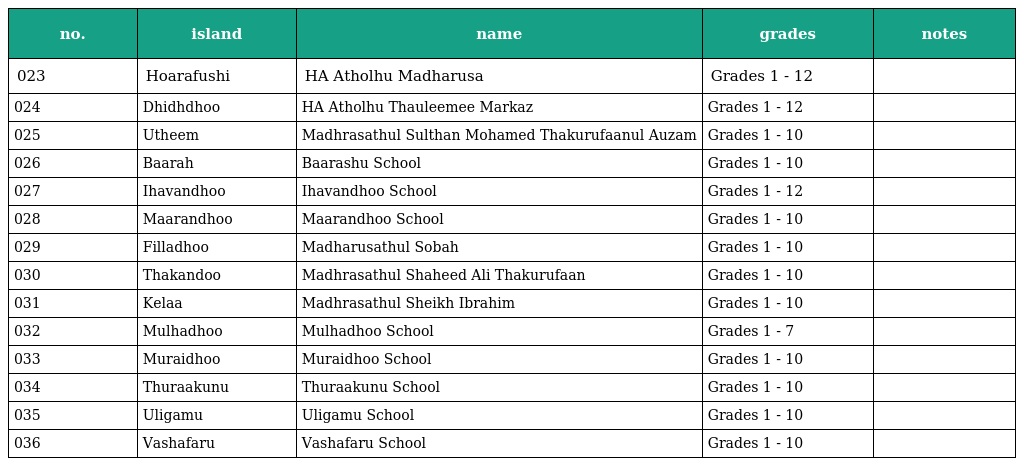
| no. | island | name | grades | notes |
 | --- | --- | --- | --- | --- |
 | 023 | Hoarafushi | HA Atholhu Madharusa | Grades 1 - 12 |  |
 | 024 | Dhidhdhoo | HA Atholhu Thauleemee Markaz | Grades 1 - 12 |  |
 | 025 | Utheem | Madhrasathul Sulthan Mohamed Thakurufaanul Auzam | Grades 1 - 10 |  |
 | 026 | Baarah | Baarashu School | Grades 1 - 10 |  |
 | 027 | Ihavandhoo | Ihavandhoo School | Grades 1 - 12 |  |
 | 028 | Maarandhoo | Maarandhoo School | Grades 1 - 10 |  |
 | 029 | Filladhoo | Madharusathul Sobah | Grades 1 - 10 |  |
 | 030 | Thakandoo | Madhrasathul Shaheed Ali Thakurufaan | Grades 1 - 10 |  |
 | 031 | Kelaa | Madhrasathul Sheikh Ibrahim | Grades 1 - 10 |  |
 | 032 | Mulhadhoo | Mulhadhoo School | Grades 1 - 7 |  |
 | 033 | Muraidhoo | Muraidhoo School | Grades 1 - 10 |  |
 | 034 | Thuraakunu | Thuraakunu School | Grades 1 - 10 |  |
 | 035 | Uligamu | Uligamu School | Grades 1 - 10 |  |
 | 036 | Vashafaru | Vashafaru School | Grades 1 - 10 |  |